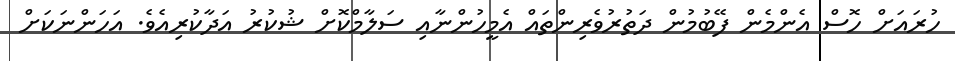
ހުރައަށް ހޮސް އެންމެން ފޭބުމުން ދަތުރުވެރިންތައް އެމީހުންނާއި ސަލާމްކޮށް ޝުކުރު އަދާކުރިއެވެ. އަހަންނަކަށް